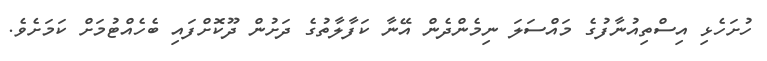
ހުށަހެޅި އިސްތިއުނާފުގެ މައްސަލަ ނިމެންދެން އޭނާ ކަފާލާތުގެ ދަށުން ދޫކޮށްފައި ބެހެއްޓުމަށް ކަމަށެވެ.